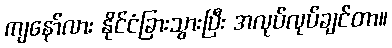
ကျနော်လား နိုင်ငံခြားသွားပြီး အလုပ်လုပ်ချင်တာ။